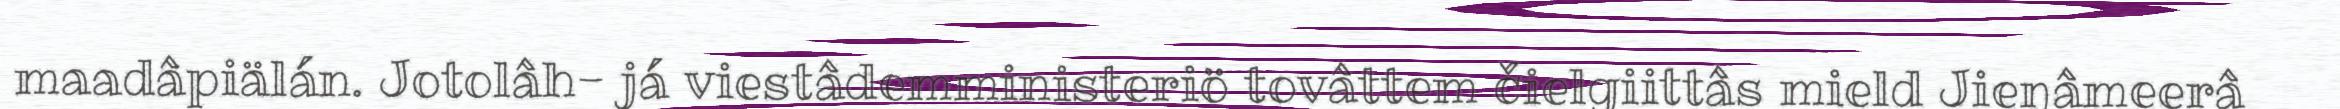
maadâpiälán. Jotolâh- já viestâdemministeriö tovâttem čielgiittâs mield Jieŋâmeerâ